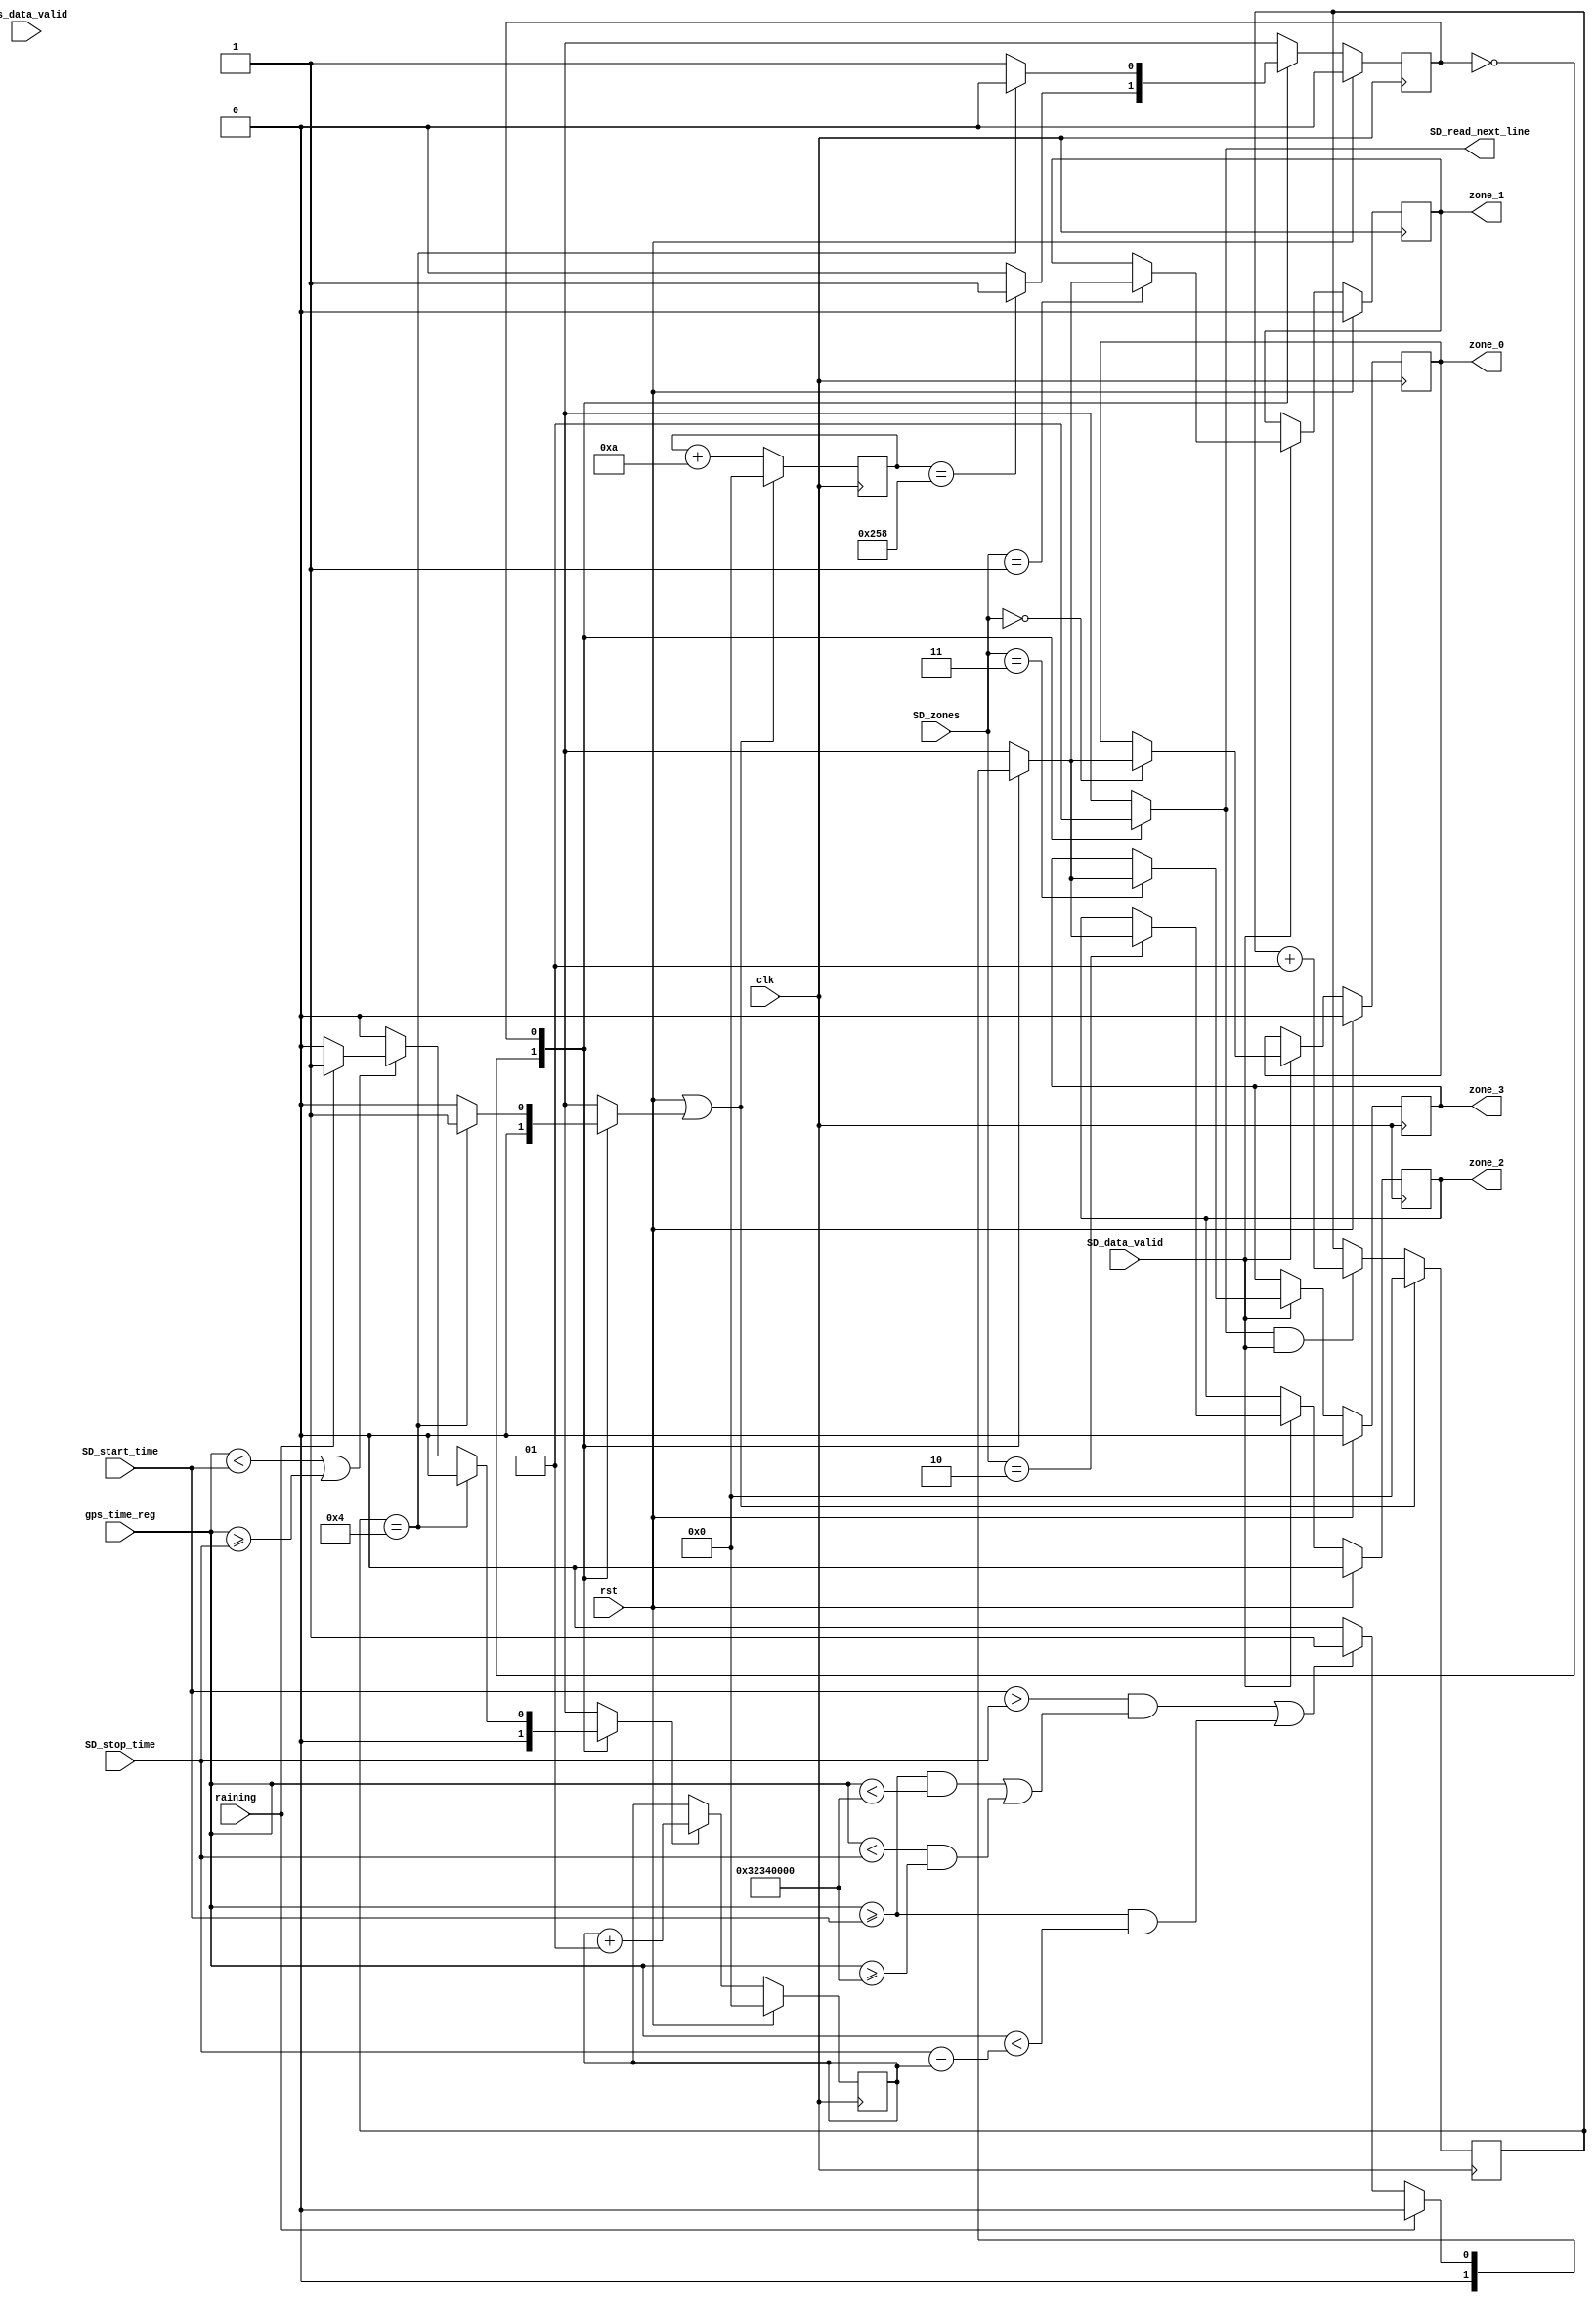
module system(
  // With GPS Module
  input wire [31:0] gps_time_reg,
  input wire gps_data_valid,

  // With Rain Sensor
  input wire raining,

  // With SD Card
  output wire SD_read_next_line,
  input wire SD_data_valid,
  input wire [1:0] SD_zones,
  input wire [31:0] SD_start_time,
  input wire [31:0] SD_stop_time,

  // With zone controler
  output reg zone_0,
  output reg zone_1,
  output reg zone_2,
  output reg zone_3,

  // Global signal
  input wire rst,
  input wire clk
);

parameter TCLK=10;
parameter INSP_PERIOD=600;
parameter LINE_NUMBER=4;
parameter MIDNIGHT=32'h32340000;

// State Machine Variables
parameter ST_IDLE=0, ST_INSP=1;
reg  PS;
reg  NS;

// Local registers
reg zone_0_reg;
reg zone_1_reg;
reg zone_2_reg;
reg zone_3_reg;

// Internal Counter
integer time_counter = 0;
reg clr_time;	//clear flag

integer line_counter = 0;
reg inc_line;	//increment flag
reg clr_line;	//clear flag

integer rain_counter = 0;
reg inc_rain;	//increment flag
reg clr_rain;	//clear flag

// Counters
always @(posedge clk) begin : TIME_COUNTER
  if(rst || clr_time)
    time_counter<=0;
  else
    time_counter<=time_counter+TCLK;
end

always @(posedge clk) begin : RAIN_COUNTER
  if(rst || clr_rain)
    rain_counter<=0;
  else if(inc_rain)
    rain_counter<=rain_counter+1;
  else
    rain_counter<=rain_counter;
end

always @(posedge clk) begin : LINE_COUNTER
  if(rst || clr_line)
    line_counter<=0;
  else if(inc_line && SD_data_valid)
    line_counter<=line_counter+1;
  else
    line_counter<=line_counter;
end

always @(posedge clk) begin : ZONE_CONTROLLER 
  if(rst) begin
    zone_0 <= 0;
    zone_1 <= 0;
    zone_2 <= 0;
    zone_3 <= 0;
  end
  else if(SD_data_valid) begin
    zone_0 <= (SD_zones==0)?zone_0_reg:zone_0;
    zone_1 <= (SD_zones==1)?zone_1_reg:zone_1;
    zone_2 <= (SD_zones==2)?zone_2_reg:zone_2;
    zone_3 <= (SD_zones==3)?zone_3_reg:zone_3;
  end
end
// State register
always @(posedge clk) begin
  if(rst)
    PS <= ST_IDLE;
  else
    PS <= NS;
end

// FSM Controller
always @(*) begin	
  case(PS)		
    //---------------------------------------------------------------------------------
    ST_IDLE: begin // Wait for the time to reach certain period
      if(time_counter==INSP_PERIOD)
        NS = ST_INSP;
      else
        NS = PS;
    end
    //---------------------------------------------------------------------------------
    ST_INSP: begin //
      if(line_counter==LINE_NUMBER)// Finish inspecting all lines
        NS = ST_IDLE;
      else
        NS = PS;
    end
    //---------------------------------------------------------------------------------
    default: begin
      NS = ST_IDLE;
    end
  endcase		
end

// Counter Signal Controller
always @(*) begin	
  // Default values for all the control signals
  clr_time = 1'b0;
  inc_line = 1'b0;
  clr_line = 1'b0;
  inc_rain = 1'b0;
  clr_rain = 1'b0;
  case(PS)		
    //---------------------------------------------------------------------------------
    ST_IDLE: begin // Wait for the time to reach certain period
    end
    //---------------------------------------------------------------------------------
    ST_INSP: begin //
      inc_line = 1'b1;
      if(line_counter==LINE_NUMBER) begin// Finish inspecting all lines
        clr_time = 1'b1;
        clr_line = 1'b1;
      end
      else begin
        if(gps_time_reg < SD_start_time || gps_time_reg >= SD_stop_time)
          if(raining)
            inc_rain = 1'b1;
      end
    end
    //---------------------------------------------------------------------------------
    default: begin
    end
  endcase	
end

// Zone Signal Controller
always @(*) begin	
  // Default values for all the control signals
  zone_0_reg = 1'b0;
  zone_1_reg = 1'b0;
  zone_2_reg = 1'b0;
  zone_3_reg = 1'b0;
  case(PS)		
    //---------------------------------------------------------------------------------
    ST_IDLE: begin // Wait for the time to reach certain period
    end
    //---------------------------------------------------------------------------------
    ST_INSP: begin //
      if(~raining) begin
        if( ((SD_start_time > SD_stop_time) && 
            ((gps_time_reg >= SD_start_time && gps_time_reg < MIDNIGHT) ||  
             (gps_time_reg  < SD_stop_time && gps_time_reg >= MIDNIGHT))) || 
            (gps_time_reg >= SD_start_time && gps_time_reg < SD_stop_time-rain_counter) ) begin
          case(SD_zones)
            2'b00:
              zone_0_reg = 1'b1;
            2'b01:
              zone_1_reg = 1'b1;
            2'b10:
              zone_2_reg = 1'b1;
            2'b11:
              zone_3_reg = 1'b1;
          endcase
        end
      end
    end
    //---------------------------------------------------------------------------------
    default: begin
    end
  endcase		
end

// Wire assignement
assign SD_read_next_line = inc_line;

endmodule // System